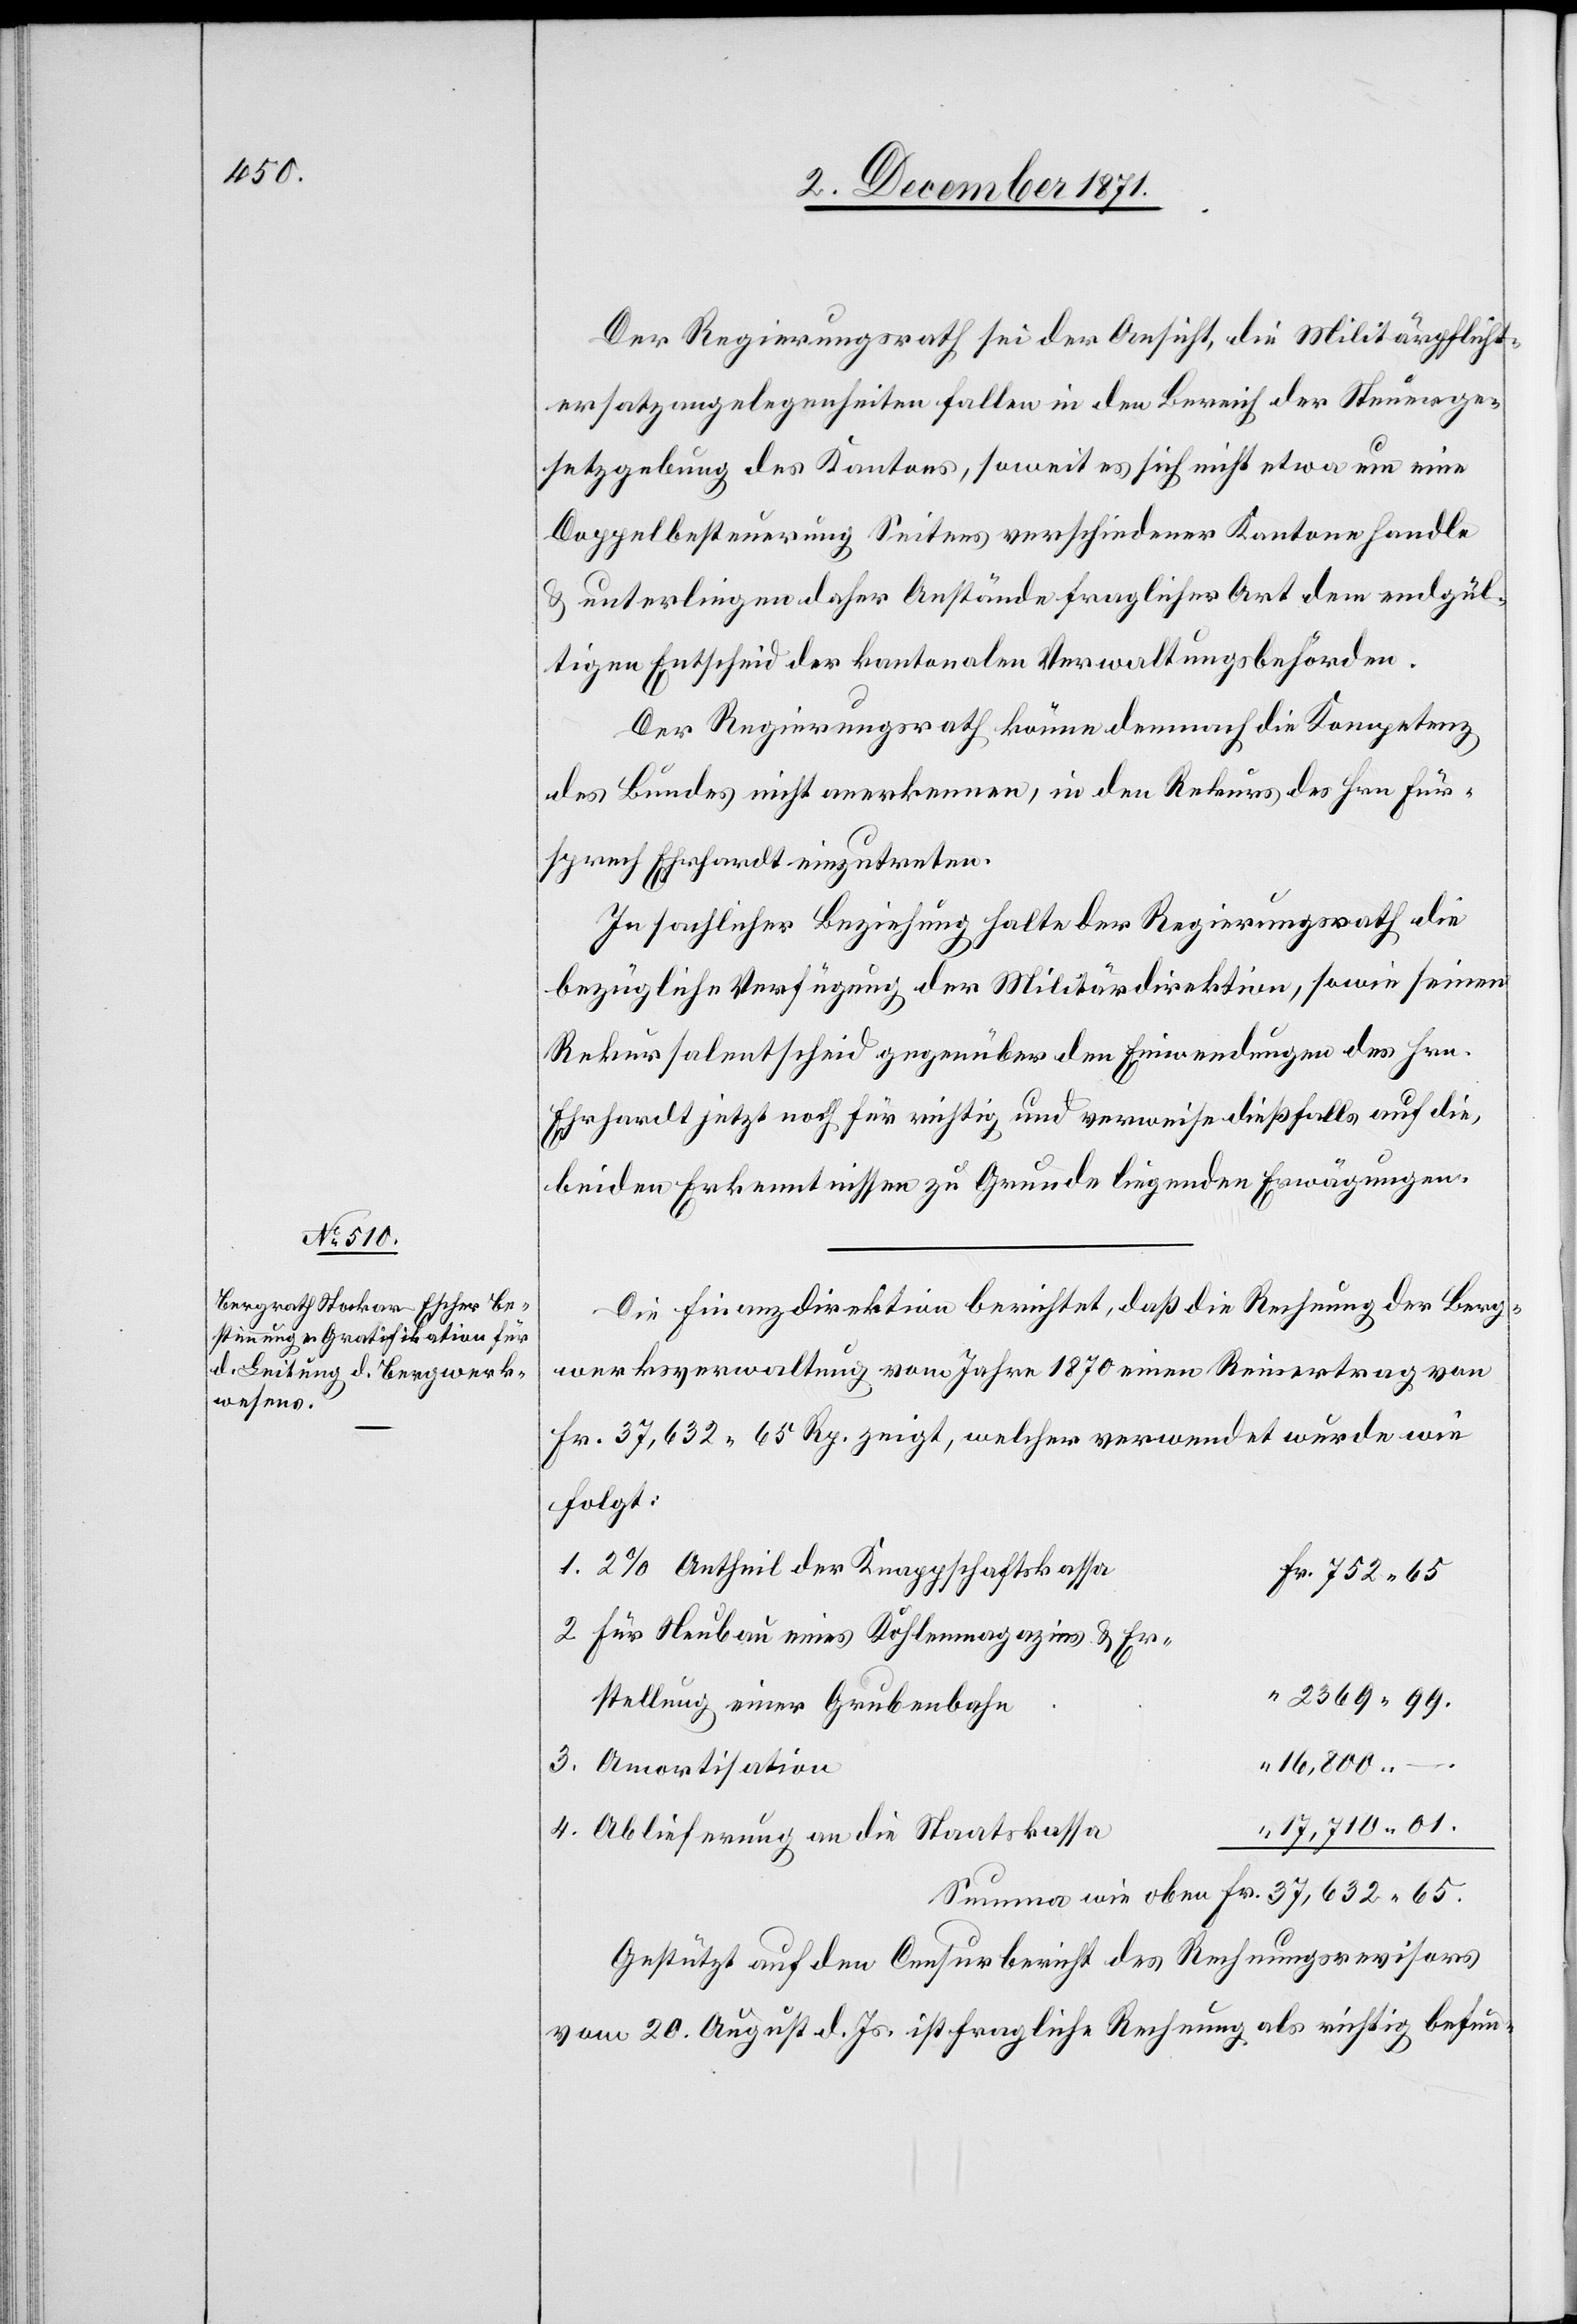
Der Regierungsrath sei der Ansicht, die Militärpflicht¬
ersatzangelegenheiten fallen in den Bereich der Steuerge¬
setzgebung des Kantons, soweit es sich nicht etwa um eine
Doppelbesteuerung Seitens verschiedener Kantone handle
& unterliegen daher Anstände fraglicher Art dem endgül¬
tigen Entscheid der kantonalen Verwaltungsbehörden.
Der Regierungsrath könne demnach die Kompetenz
des Bundes nicht anerkennen, in den Rekurs des Hrn. Für¬
sprech Ehrhardt einzutreten.
In sachlicher Beziehung halte der Regierungsrath die
bezügliche Verfügung der Militärdirektion, sowie seinen
Rekursalentscheid gegenüber den Einwendungen des Hrn.
Ehrhardt jetzt noch für richtig und verweise dießfalls auf die
beiden Erkenntnissen zu Grunde liegenden Erwägungen.
Die Finanzdirektion berichtet, daß die Rechnung der Berg¬
werksverwaltung vom Jahre 1870 einen Reinertrag von
Fr. 37,632 65 Rp. zeigt, welcher verwendet wurde wie
folgt:
2% Antheil der Knappschaftskassa
für Neubau eines Kohlenmagazins & Er¬
stellung einer Grubenbahn
16,800.
17,710.
Ablieferung an die Staatskassa
Gestützt auf den Censurbericht des Rechnungsrevisors
vom 20. August d. Js. ist fragliche Rechnung als richtig befun-